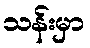
သန်းမှာ